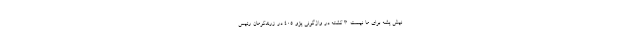
نیش پشه برای ما نیست. ۳ کشته در واژگونی پژو ۴۰۵ در زرندکرمان رئیس